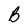
Character: B